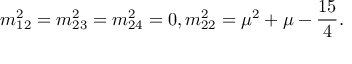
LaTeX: m _ { 1 2 } ^ { 2 } = m _ { 2 3 } ^ { 2 } = m _ { 2 4 } ^ { 2 } = 0 , m _ { 2 2 } ^ { 2 } = \mu ^ { 2 } + \mu - \frac { 1 5 } { 4 } .